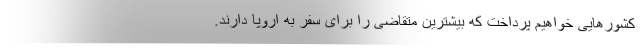
کشورهایی خواهیم پرداخت که بیشترین متقاضی را برای سفر به اروپا دارند.